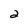
Character: 2